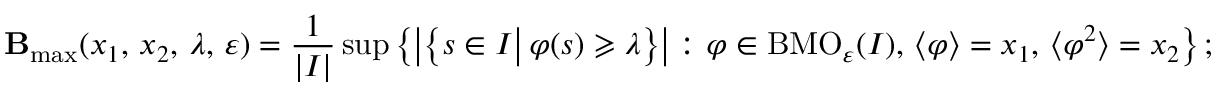
{ \bf B } _ { \operatorname* { m a x } } ( x _ { 1 } , \, x _ { 2 } , \, \lambda , \, \varepsilon ) = \frac { 1 } { | I | } \operatorname* { s u p } \left\{ \left| \left\{ s \in I \big | \, \varphi ( s ) \geqslant \lambda \right\} \right| \colon \varphi \in \mathrm { B M O } _ { \varepsilon } ( I ) , \, \langle \varphi \rangle = x _ { 1 } , \, \langle \varphi ^ { 2 } \rangle = x _ { 2 } \right\} ;